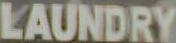
LAUNDRY